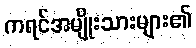
ကရင်အမျိုးသားများ၏